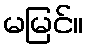
မမြင်။